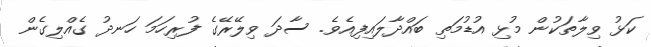
ކަޅު ވިލާތަކުން މުޅި އުޑުމަތި ބައްދާލައިފިއެވެ. ސާދަ ވިލޭރޭގެ ފުރިހަމަ ހަނދު ގެއްލިގެން